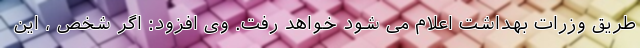
طریق وزرات بهداشت اعلام می شود خواهد رفت. وی افزود: اگر شخص ، این